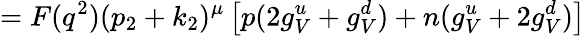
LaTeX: =F(q^{2})(p_{2}+k_{2})^{\mu}\left[p(2g_{V}^{u}+g_{V}^{d})+n(g_{V}^{u}+2g_{V}^{d})\right]